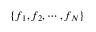
\{ f _ { 1 } , f _ { 2 } , \cdots , f _ { N } \}